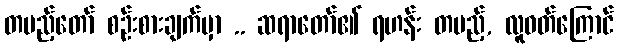
တပည့်တော် စဉ်းစားချက်မှာ .. ဆရာတော်၏ ရဟန်း တပည့်, လူဝတ်ကြောင်